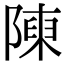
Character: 𨻰